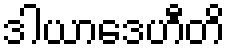
ဒါယာဒေဟီတိ